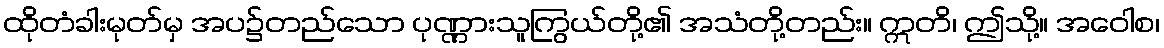
ထိုတံခါးမုတ်မှ အပ၌တည်သော ပုဏ္ဏားသူကြွယ်တို့၏ အသံတို့တည်း။ ဣတိ၊ ဤသို့။ အဝေါစ၊